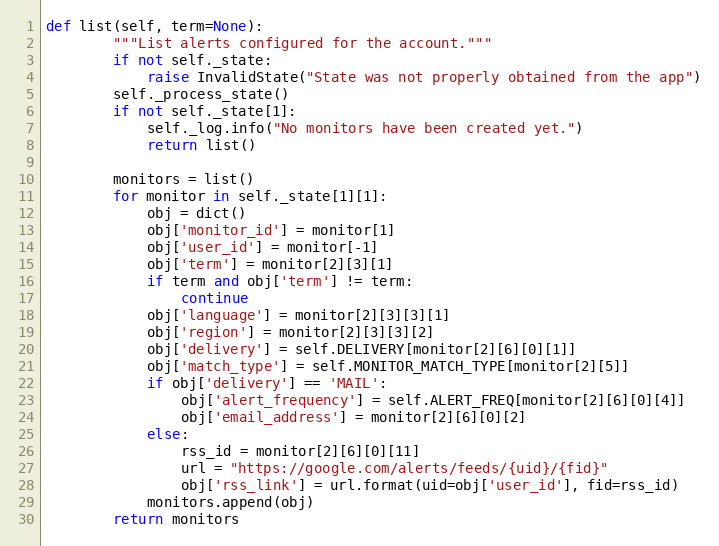
Language: Python
def list(self, term=None):
        """List alerts configured for the account."""
        if not self._state:
            raise InvalidState("State was not properly obtained from the app")
        self._process_state()
        if not self._state[1]:
            self._log.info("No monitors have been created yet.")
            return list()

        monitors = list()
        for monitor in self._state[1][1]:
            obj = dict()
            obj['monitor_id'] = monitor[1]
            obj['user_id'] = monitor[-1]
            obj['term'] = monitor[2][3][1]
            if term and obj['term'] != term:
                continue
            obj['language'] = monitor[2][3][3][1]
            obj['region'] = monitor[2][3][3][2]
            obj['delivery'] = self.DELIVERY[monitor[2][6][0][1]]
            obj['match_type'] = self.MONITOR_MATCH_TYPE[monitor[2][5]]
            if obj['delivery'] == 'MAIL':
                obj['alert_frequency'] = self.ALERT_FREQ[monitor[2][6][0][4]]
                obj['email_address'] = monitor[2][6][0][2]
            else:
                rss_id = monitor[2][6][0][11]
                url = "https://google.com/alerts/feeds/{uid}/{fid}"
                obj['rss_link'] = url.format(uid=obj['user_id'], fid=rss_id)
            monitors.append(obj)
        return monitors